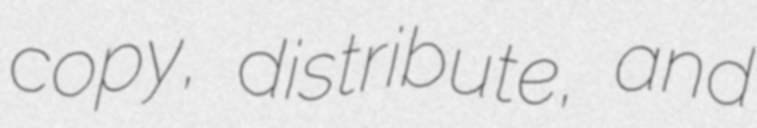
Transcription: copy, distribute, and